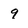
Character: q